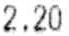
2.20